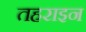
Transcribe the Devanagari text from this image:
तहराइन